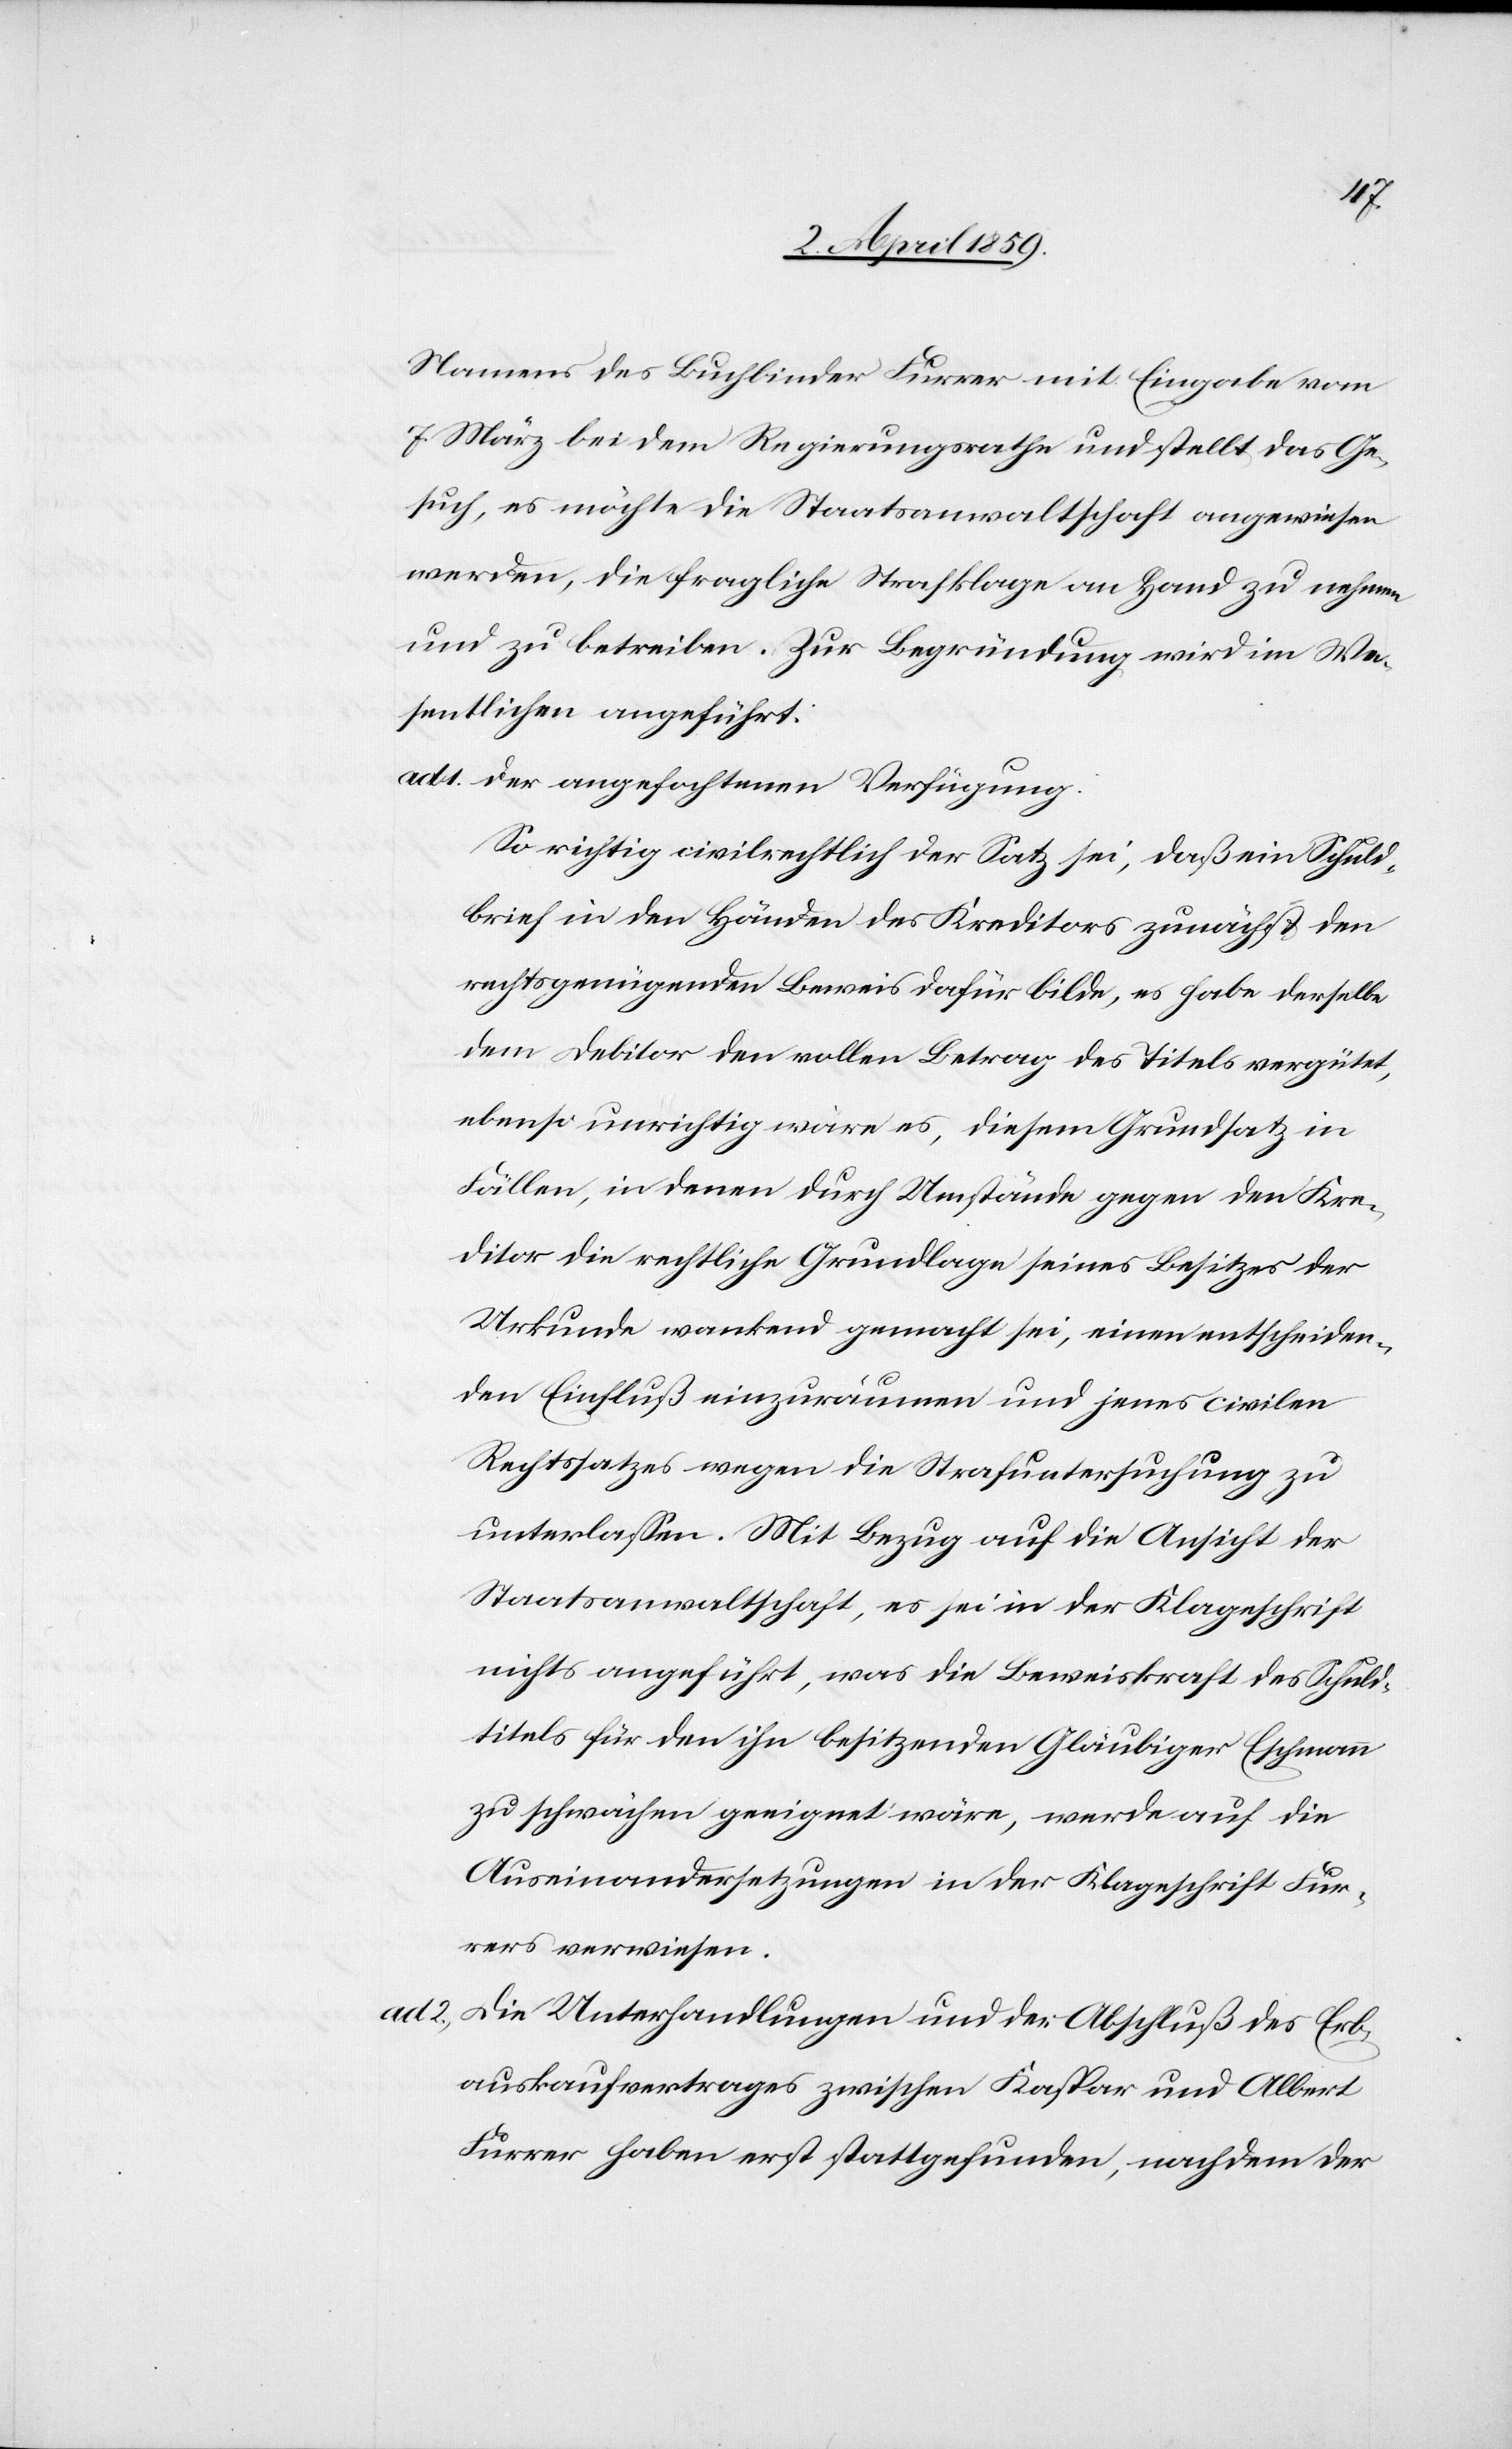
Namens des Buchbinder[s] Furrer mit Eingabe vom
7. März bei dem Regierungsrathe und stellt das Ge¬
such, es möchte die Staatsanwaltschaft angewiesen
werden, die fragliche Strafklage an Hand zu nehmen
und zu betreiben. Zur Begründung wird im We¬
sentlichen angeführt:
ad 1.	der angefochtenen Verfügung.
So richtig civilrechtlich der Satz sei, daß ein Schuld¬
brief in den Händen des Kreditors zunächst den
rechtsgenügenden Beweis dafür bilde, es habe derselbe
dem Debitor den vollen Betrag des Titels vergütet,
ebenso unrichtig wäre es, diesem Grundsatz in
Fällen, in denen durch Umstände gegen den Kre¬
ditor die rechtliche Grundlage seines Besitzes der
Urkunde wankend gemacht sei, einen entscheiden¬
den Einfluß einzuräumen und jenes civilen
Rechtssatzes wegen die Strafuntersuchung zu
unterlaßen. Mit Bezug auf die Ansicht der
Staatsanwaltschaft, es sei in der Klageschrift
nichts angeführt, was die Beweiskraft des Schuld¬
titels für den ihn besitzenden Gläubiger Eschmann
zu schwächen geeignet wäre, werde auf die
Auseinandersetzungen in der Klageschrift Fur¬
rers verwiesen.
ad 2.	Die Unterhandlungen und der Abschluß des Erb¬
auskaufvertrages zwischen Kaspar und Albert
Furrer haben erst stattgefunden, nachdem der